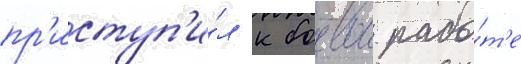
пр'иступ'и́л к боевои рабо́т'е